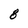
Character: 8